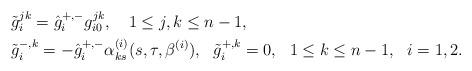
LaTeX: \begin{align*}&\tilde g_i^{jk}=\hat g_i^{+,-}g_{i0}^{jk},\ \ \ 1\leq j,k \leq n-1,\\&\tilde g_i^{-,k}=-\hat g_i^{+,-}\alpha_{ks}^{(i)}(s,\tau,\beta^{(i)}),\ \ \tilde g_i^{+,k}=0,\ \ 1\leq k\leq n-1,\ \ i=1,2.\end{align*}